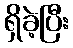
ရှိခဲ့ပြီး